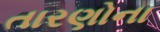
તારણોના